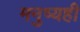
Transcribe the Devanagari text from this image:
मनुष्यही